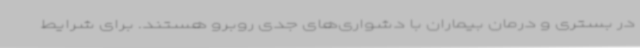
در بستری و درمان بیماران با دشواری‌های جدی روبرو هستند. برای شرایط